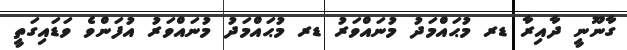
ގާނޫނީ ދާއިރާ ޑރ މުޙައްމަދު މުނައްވަރު ޑރ މުޙައްމަދު މުނައްވަރު އުފަންވެ ވަޑައިގަތީ